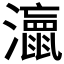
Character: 𭳘